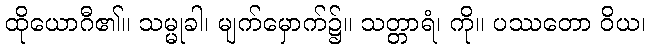
ထိုယောဂီ၏။ သမ္မုခါ၊ မျက်မှောက်၌။ သတ္တာရံ၊ ကို။ ပဿတော ဝိယ၊